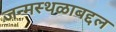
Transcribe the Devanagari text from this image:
जन्मस्थळाबद्दल